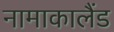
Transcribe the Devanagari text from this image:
नामाकालैंड